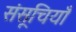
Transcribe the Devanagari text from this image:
संसूचियाँ